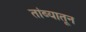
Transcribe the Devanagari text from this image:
तांब्यातून